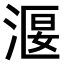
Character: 𣹐